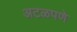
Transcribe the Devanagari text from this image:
अटळपणे